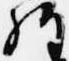
経